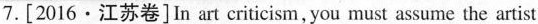
7.[2016·江苏卷]In art criticism, you must assume the artist